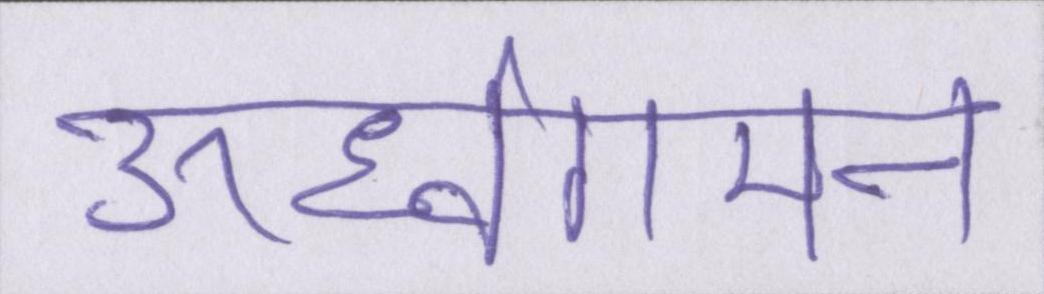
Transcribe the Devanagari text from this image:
ऊर्ध्वगमन